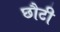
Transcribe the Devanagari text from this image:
छौटी